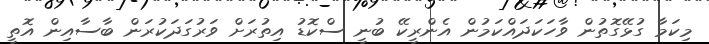
މިކަމާ ގުޅޭގޮތުން ވާހަކަދައްކަމުން އެންރީކޭ ބުނީ ސްކޮޑު އިތުރަށް ވަރުގަދަކުރަން ބާސާއިން އޮތީ